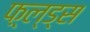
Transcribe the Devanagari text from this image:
फ़्ल्ड्स